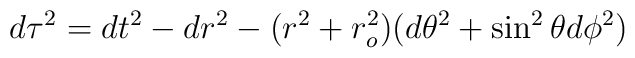
d\tau^2 =dt^2 -dr^2 -(r^2+r_o^2) ( d\theta^2 + \sin^2 \theta d\phi^2 )